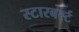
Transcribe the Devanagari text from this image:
स्टारबर्स्ट